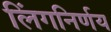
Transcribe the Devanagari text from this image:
लिंगनिर्णय